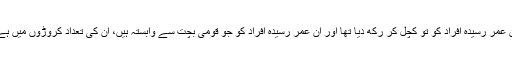
اسحاق ڈار سابق وزیر خزانہ نے ان عمر رسیدہ افراد کو تو کچل کر رکھ دیا تھا اور ان عمر رسیدہ افراد کو جو قومی بچت سے وابستہ ہیں، ان کی تعداد کروڑوں میں ہے، وہ اب عمران خان کے ساتھ ہیں۔